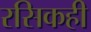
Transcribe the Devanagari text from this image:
रसिकही